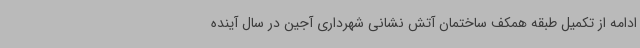
ادامه از تکمیل طبقه همکف ساختمان آتش نشانی شهرداری آجین در سال آینده